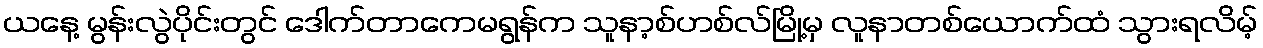
ယနေ့ မွန်းလွဲပိုင်းတွင် ဒေါက်တာကေမရွန်က သူနာ့စ်ဟစ်လ်မြို့မှ လူနာတစ်ယောက်ထံ သွားရလိမ့်